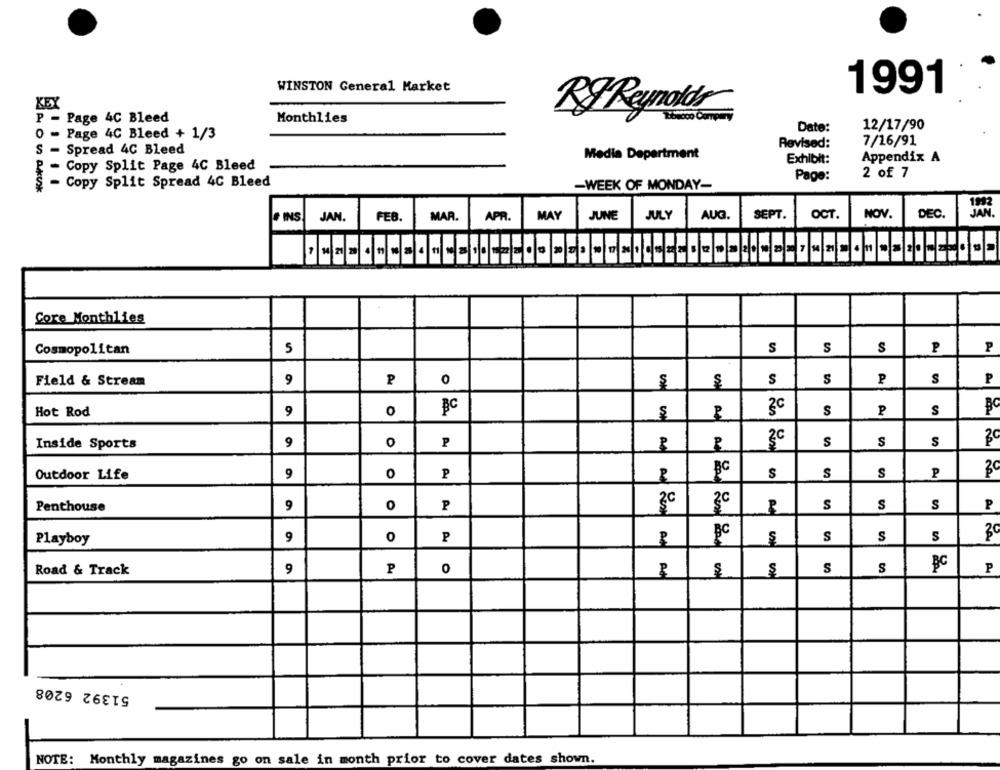
WINSTON General Market
1991
KEX
KyReynolds
P - Page 4C Bleed
Monthlies
Date:
12/17/90
0 - Page 4C Bleed + 1/3
Revised:
7/16/91
S - Spread 4C Bleed
Media Department
Exhibit:
Appendix A
- Copy Split Page 4C Bleed
Page:
2 of 7
Copy Split Spread 4C Bleed
-WEEK OF MONDAY-
MAY
JUNE
JULY
AUG.
SEPT
OCT.
NOV.
DEC.
JAN
+ INS
JAN.
FEB
MAR.
APR.
Core Monthlies
Cosmopolitan
S
S
S
S
P
Field & Stream
9
P
0
$
S
S
P
S
P
Hot Rod
9
0
3c
S
P
S
Inside Sports
9
O
P
3c
S
S
S
Outdoor Life
9
0
P
BC
S
S
S
P
Penthouse
9
0
P
2c
S
S
S
P
9
0
P
BC
S
S
S
30
Playboy
Road & Track
9
P
0
S
S
BC
P
51392 6208
NOTE: Monthly magazines go on sale in month prior to cover dates shown.